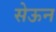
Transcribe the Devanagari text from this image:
सेऊन